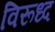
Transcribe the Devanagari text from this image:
विरूध्‍द